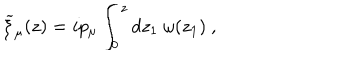
LaTeX: { \widetilde \xi } _ { \mu } ( z ) = i p _ { \mu } \int _ { 0 } ^ { z } d z _ { 1 } ~ \omega ( z _ { 1 } ) ~ ,